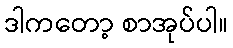
ဒါကတော့ စာအုပ်ပါ။